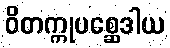
ဝိတက္ကုပစ္ဆေဒါယ